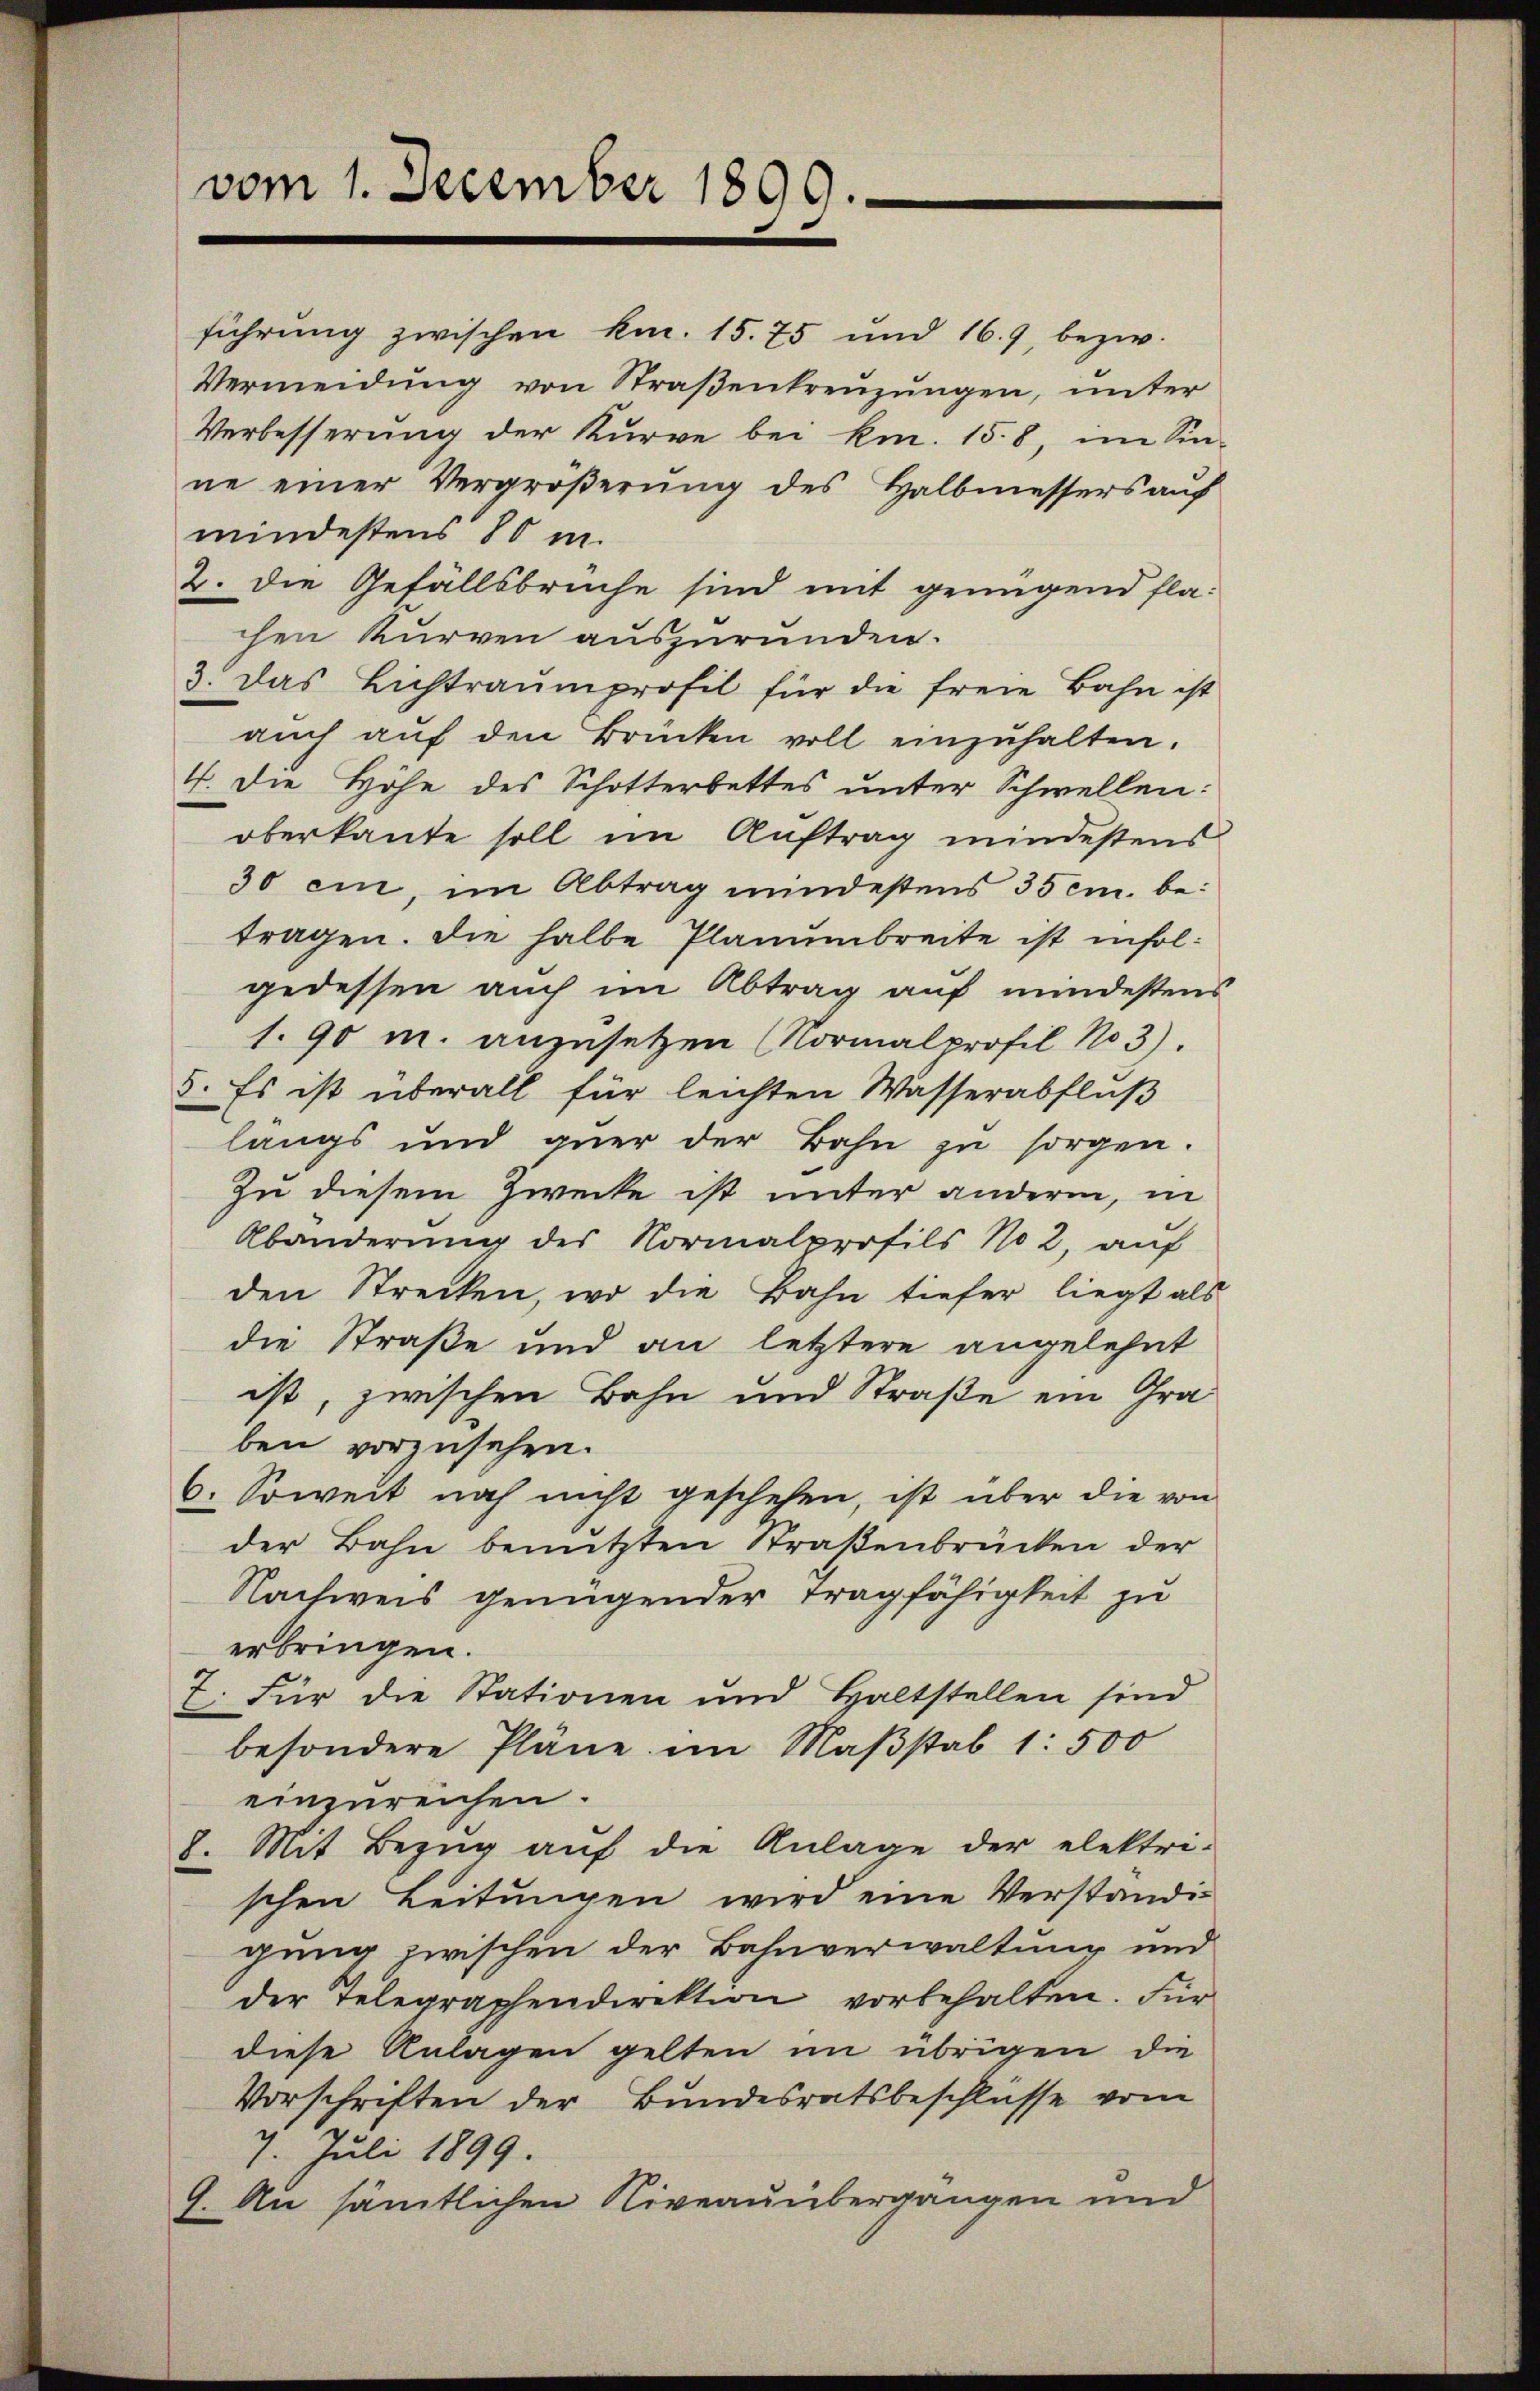
vom 1. December 1899.

führung zwischen kan. 15. 75 und 169, bezw.
Vermeidung von Straßentreuzungen, unter
Verbesserung der Kurve bei kn. 158, im Sin-
ne einer Vergrößerung des Halbmessers auf
mindestens 80 m.
2. Die Gefällsbrüche sind mit genügend flachen Kurven auszurunden.
3. Das Lichtraumprofil für die freie Bahn ist
aŭch aŭf den Brücken voll einzŭhalten.
4. Die Höhe des Schotterbettes unter Schwellen:
oberkante soll im Auftrag mindestens
30 ein, im Abtrag mindestens 35 cm. betragen. Die halbe Planumbreite ist infolgedessen auch im Abtrag auf mindestens
1. 90 m. anzusetzen (Normalprofil No 3).
5. Es ist überall für leichten Wasserabfluß
langs und guer der Bahn zu sorgen.
Zu diesem Zwecke ist unter anderm, in
Abänderung des Normalprofils No 2, auf
den Strecken, wo die Bahn tiefer liegt als
die Straße und an letztere angelehnt
ist, zwischen Bahn und Straße ein Graben vorzusehen.
6. Soweit noch nicht geschehen, ist über die von
der Bahn benützten Straßenbrücken der
Nachweis genügender Tragfähigkeit zu
erbringen.
t. Für die Stationen und Haltstellen sind
besondere Pläne im Maβstab 1: 500
einzureichen.
8. Mit Bezug auf die Anlage der elektri-
schen Leitungen wird eine Verständi-
gung zwischen der Bahnverwaltung und
der Telegraphendirektion vorbehalten. Für
diese Anlagen gelten im übrigen die
Vorschriften der Bundesratsbeschlusse vom
7. Juli 1899.
9. An sämtlichen Niveauübergangen und